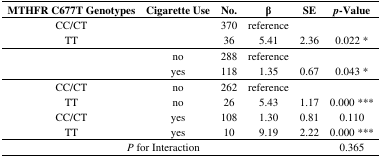
| MTHFR C677T Genotypes | Cigarette Use | No. | β | SE | p-Value |
 | --- | --- | --- | --- | --- | --- |
 | CC/CT |  | 370 | reference |  |  |
 | TT |  | 36 | 5.41 | 2.36 | 0.022 * |
 |  | no | 288 | reference |  |  |
 |  | yes | 118 | 1.35 | 0.67 | 0.043 * |
 | CC/CT | no | 262 | reference |  |  |
 | TT | no | 26 | 5.43 | 1.17 | 0.000 *** |
 | CC/CT | yes | 108 | 1.30 | 0.81 | 0.110 |
 | TT | yes | 10 | 9.19 | 2.22 | 0.000 *** |
 | <COLSPAN=5> P for Interaction | 0.365 |